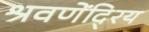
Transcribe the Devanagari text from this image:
श्रवणेंदि्रय